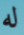
له